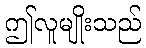
ဤလူမျိုးသည်